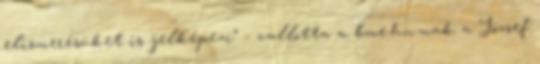
elismerésüket is jelképezi” – vallotta a bme.hu-nak a József